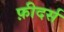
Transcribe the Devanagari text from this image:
फ़ीदर्स